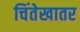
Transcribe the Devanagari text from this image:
चिंतेखातर